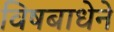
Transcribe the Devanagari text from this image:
विषबाधेने